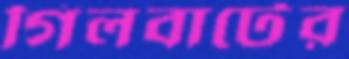
গিলবার্টের